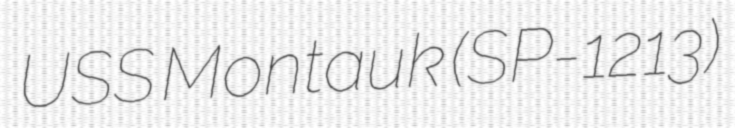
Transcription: USS Montauk (SP-1213)